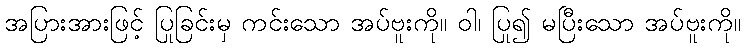
အပြားအားဖြင့် ပြုခြင်းမှ ကင်းသော အပ်ဗူးကို။ ဝါ၊ ပြု၍ မပြီးသော အပ်ဗူးကို။